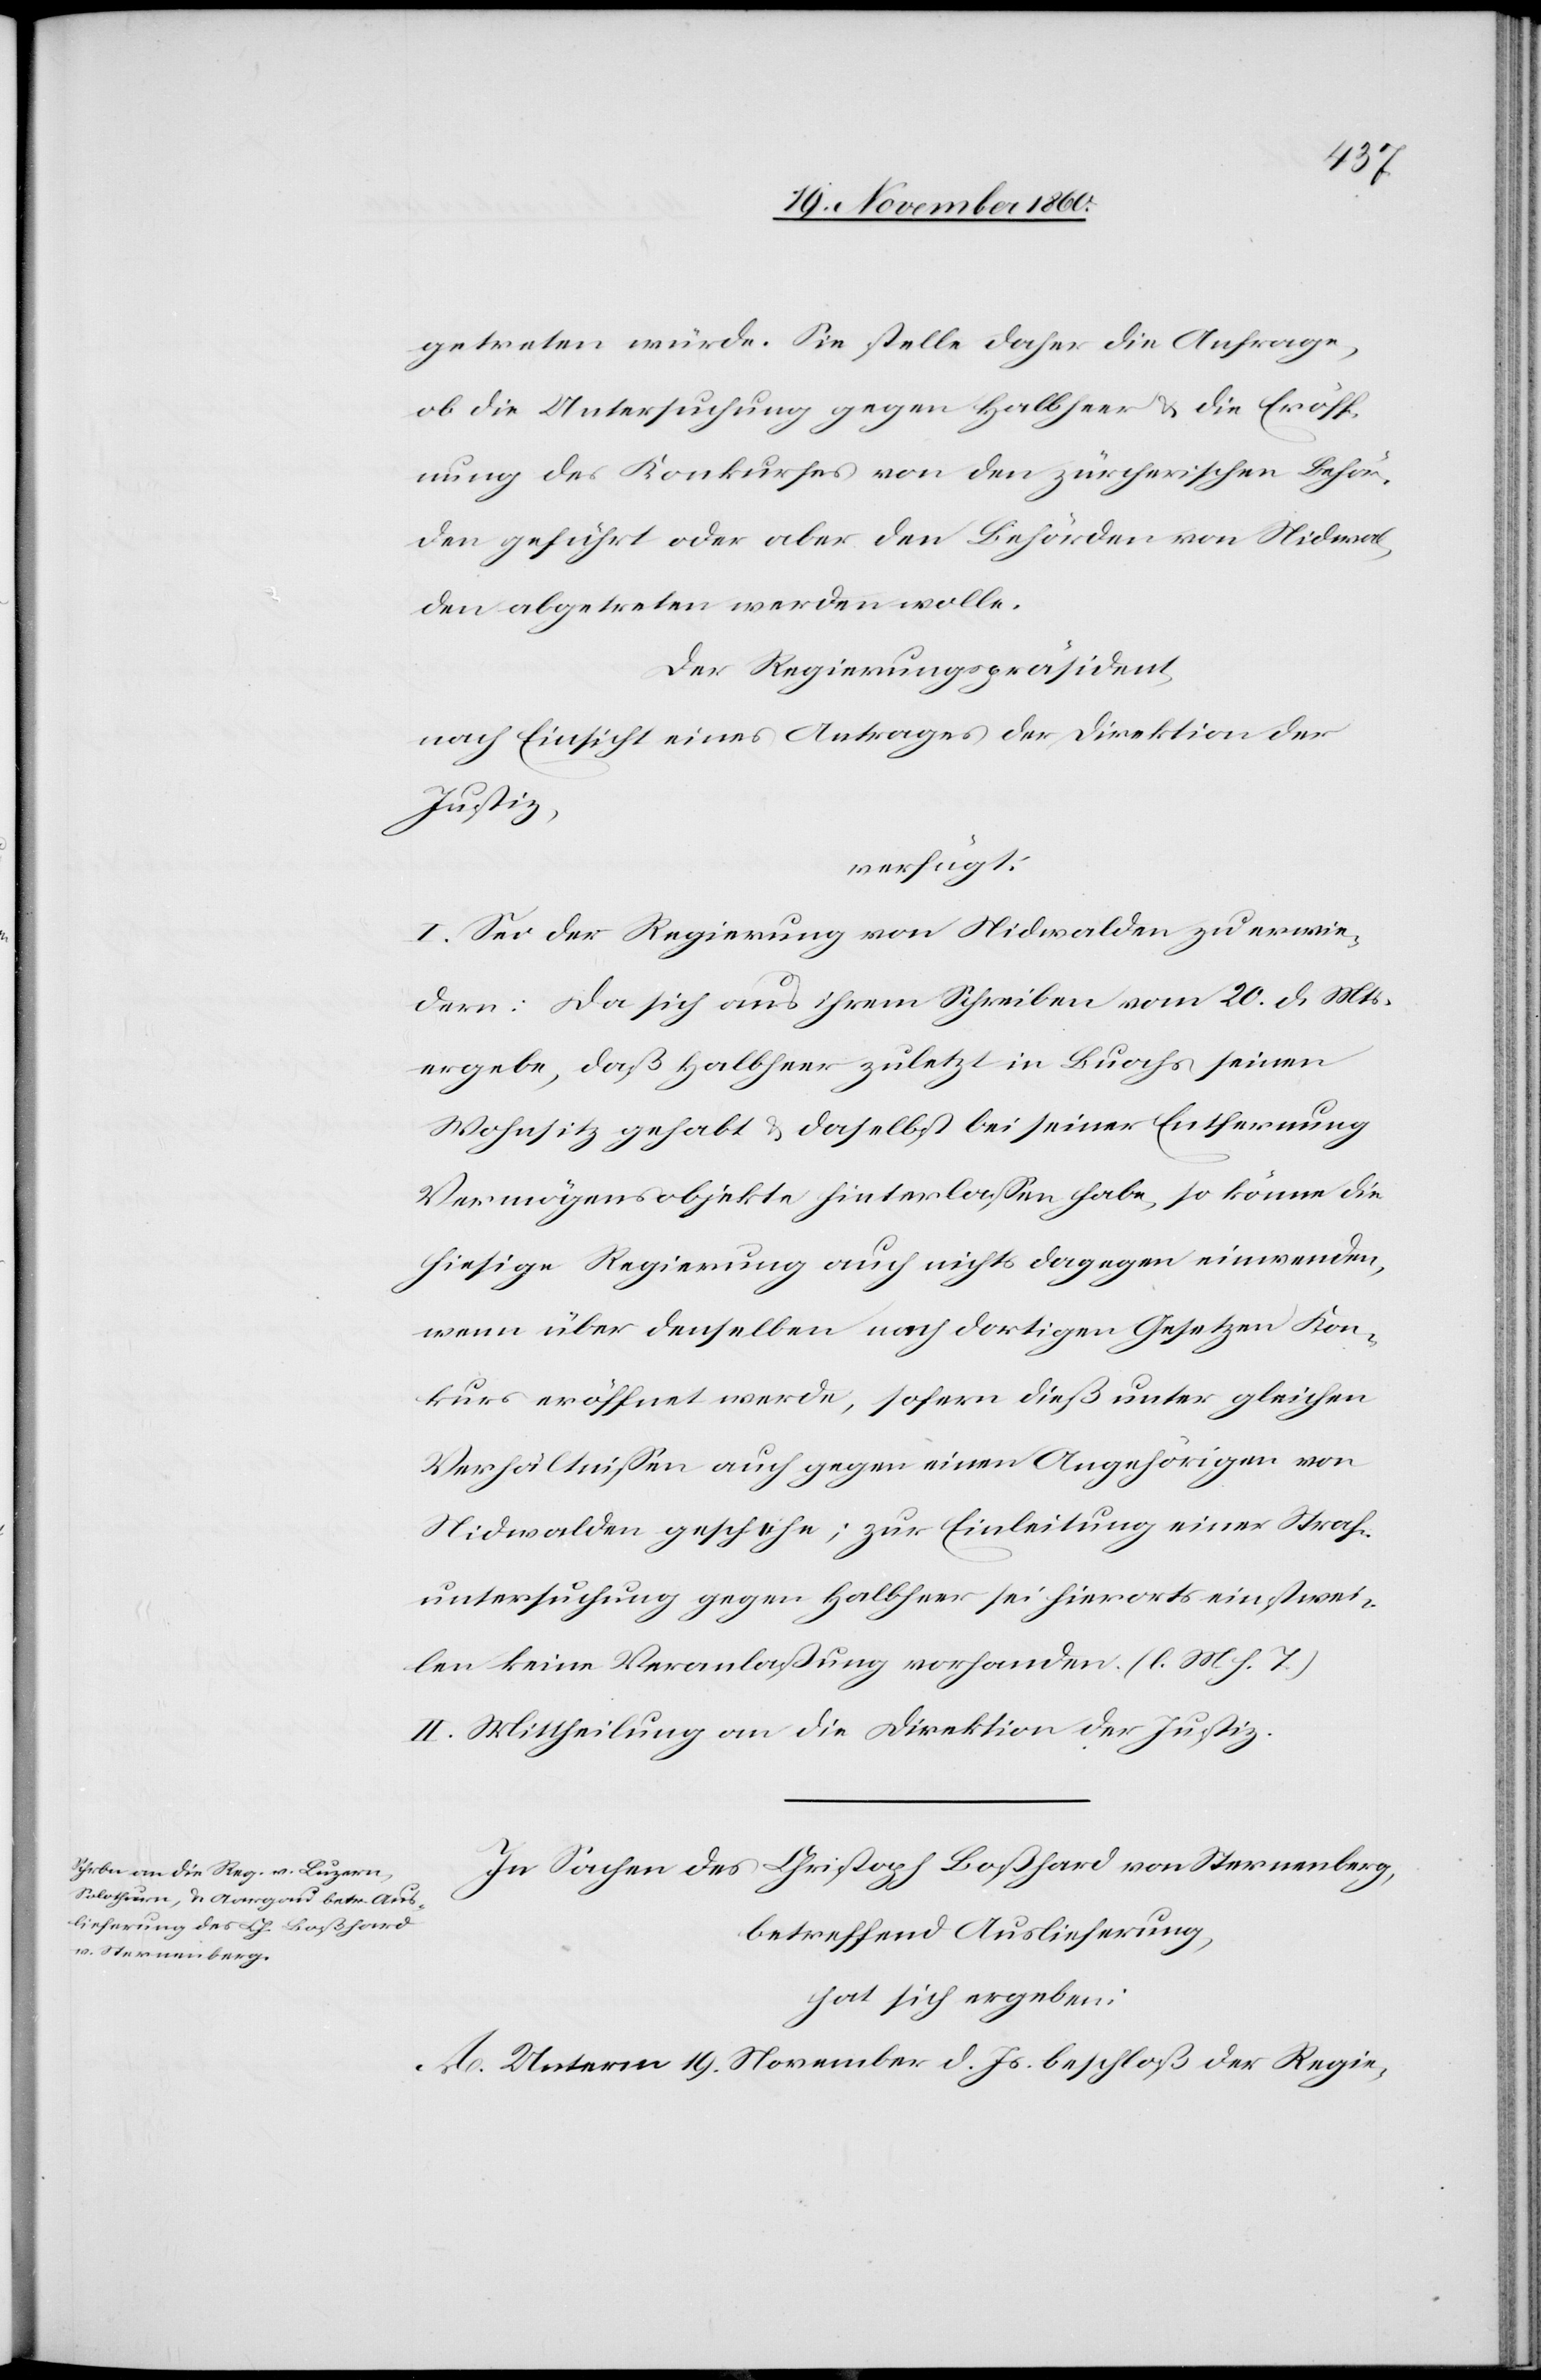
24. November 1860.]
getreten würde. Sie stelle daher die Anfrage,
ob die Untersuchung gegen Halbheer u. die Eröff¬
nung des Konkurses von den zürcherischen Behör¬
den geführt oder aber den Behörden von Nidwal¬
den abgetreten werden wolle.
Der Regierungspräsident,
nach Einsicht eines Antrages der Direktion der
Justiz,
verfügt:
I. Sei der Regierung von Nidwalden zu erwie¬
dern: Da sich aus ihrem Schreiben vom 20. d. Mts.
ergebe, daß Halbheer zuletzt in Buochs seinen
Wohnsitz gehabt u. daselbst bei seiner Entfernung
Vermögensobjekte hinterlassen habe, so könne die
hiesige Regierung auch nichts dagegen einwenden,
wenn über denselben nach dortigen Gesetzen Kon¬
kurs eröffnet werde, sofern dieß unter gleichen
Verhältnissen auch gegen einen Angehörigen von
Nidwalden geschehe; zur Einleitung einer Straf¬
untersuchung gegen Halbheer sei hierorts einstwei¬
len keine Veranlassung vorhanden (l. M. h. T.)
II. Mittheilung an die Direktion der Justiz.
In Sachen des Christoph Boßhard von Sternenberg,
betreffend Auslieferung,
hat sich ergeben:
A. Unterm 19. November d. Js. beschloß der Regie-